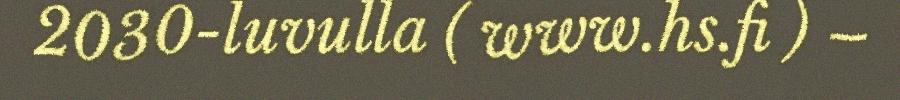
2030-luvulla ( www.hs.fi ) –